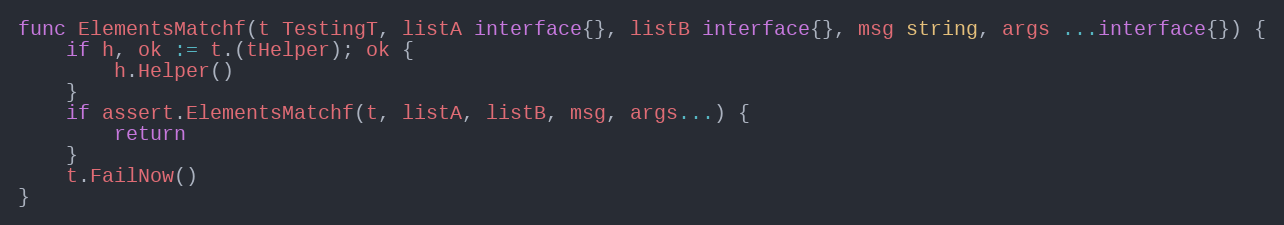
Language: Go
func ElementsMatchf(t TestingT, listA interface{}, listB interface{}, msg string, args ...interface{}) {
	if h, ok := t.(tHelper); ok {
		h.Helper()
	}
	if assert.ElementsMatchf(t, listA, listB, msg, args...) {
		return
	}
	t.FailNow()
}